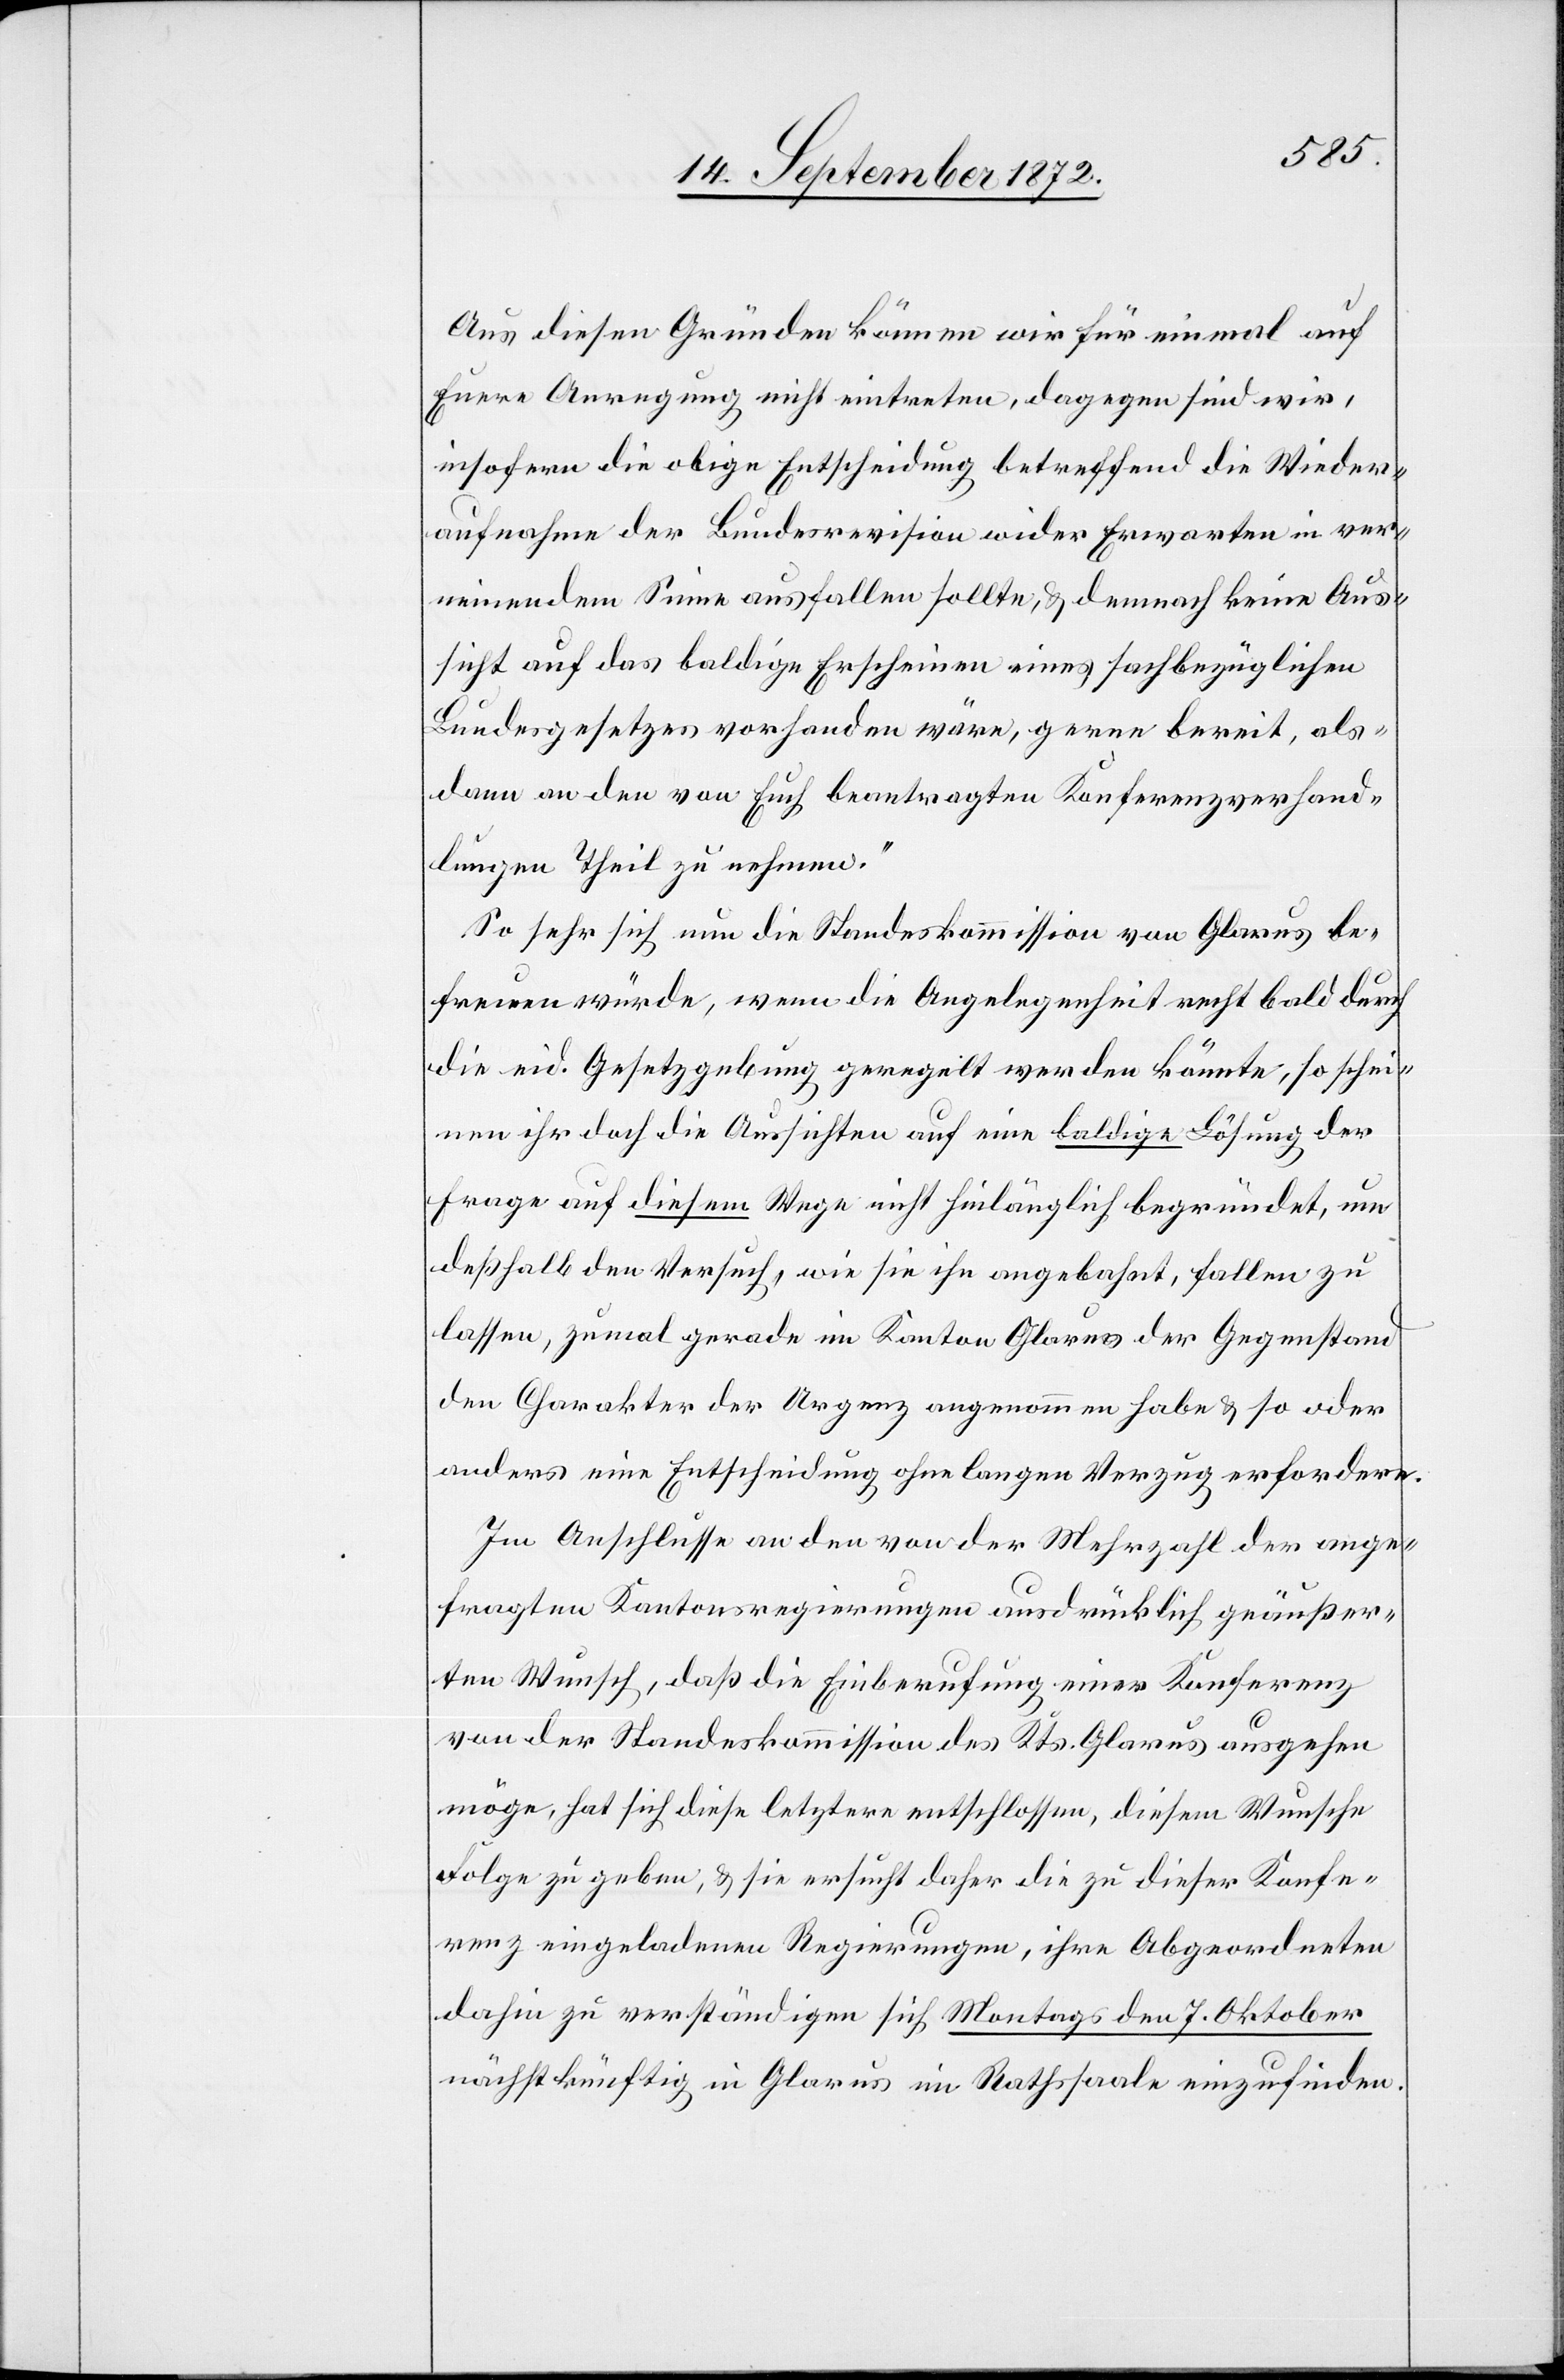
Aus diesen Gründen können wir für einmal auf
Euere Anregung nicht eintreten, dagegen sind wir,
insofern die obige Entscheidung betreffend die Wieder¬
aufnahme der Bundesrevision wider Erwarten in ver¬
neinendem Sinne ausfallen sollte, u. demnach keine Aus¬
sicht auf das baldige Erscheinen eines sachbezüglichen
Bundesgesetzes vorhanden wäre, gerne bereit, als¬
dann an den von Euch beantragten Konferenzverhand¬
lungen Theil zu nehmen.“
So sehr sich nun die Standeskommission von Glarus be¬
freuen würde, wenn die Angelegenheit recht bald durch
die eid. Gesetzgebung geregelt werden könnte, so schei¬
nen ihr doch die Aussichten auf eine baldige Lösung der
Frage auf diesem Wege nicht hinlänglich begründet, um
deßhalb den Versuch, wie sie ihn angebahnt, fallen zu
lassen, zumal gerade im Kanton Glarus der Gegenstand
den Charakter der Urgenz angenommen habe u. so oder
anders eine Entscheidung ohne langen Verzug erfordere.
Im Anschlusse an den von der Mehrzahl der ange¬
fragten Kantonsregierungen ausdrücklich geäußer¬
ten Wunsch, daß die Einberufung einer Konferenz
von der Standeskommission des Kts. Glarus ausgehen
möge, hat sich diese letztere entschlossen, diesem Wunsche
Folge zu geben, u. sie ersucht daher die zu dieser Konfe¬
renz eingeladenen Regierungen, ihre Abgeordneten
dahin zu verständigen sich Montags den 7. Oktober
nächstkünftig in Glarus im Rathssaale einzufinden.